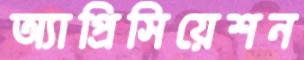
অ্যাপ্রিসিয়েশন